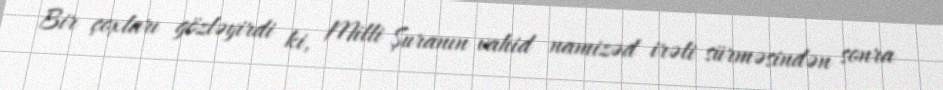
Bir çoxları gözləyirdi ki, Milli Şuranın vahid namizəd irəli sürməsindən sonra